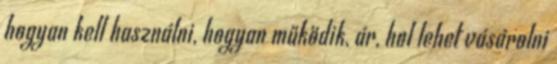
hogyan kell használni, hogyan működik, ár, hol lehet vásárolni